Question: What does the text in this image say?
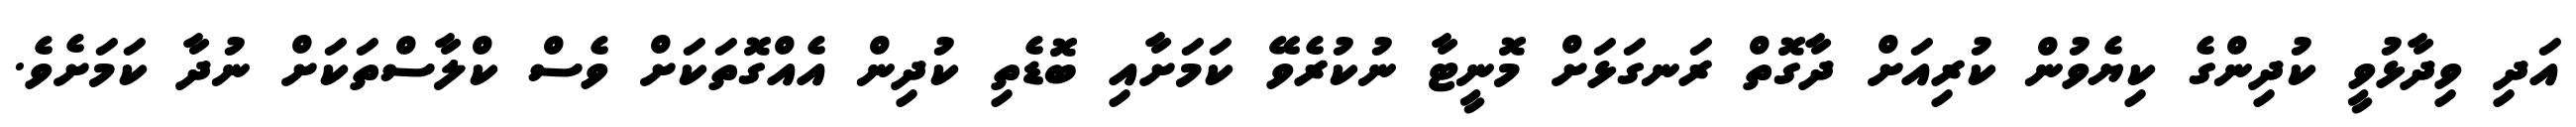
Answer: އަދި ވިދާޅުވީ ކުދިންގެ ކިޔެވުން ކުރިއަށް ދާގޮތް ރަނގަޅަށް މޮނީޓާ ނުކުރެވޭ ކަމަށާއި ބޮޑެތި ކުދިން އެއްގޮތަކަށް ވެސް ކްލާސްތަކަށް ނުދާ ކަމަށެވެ.